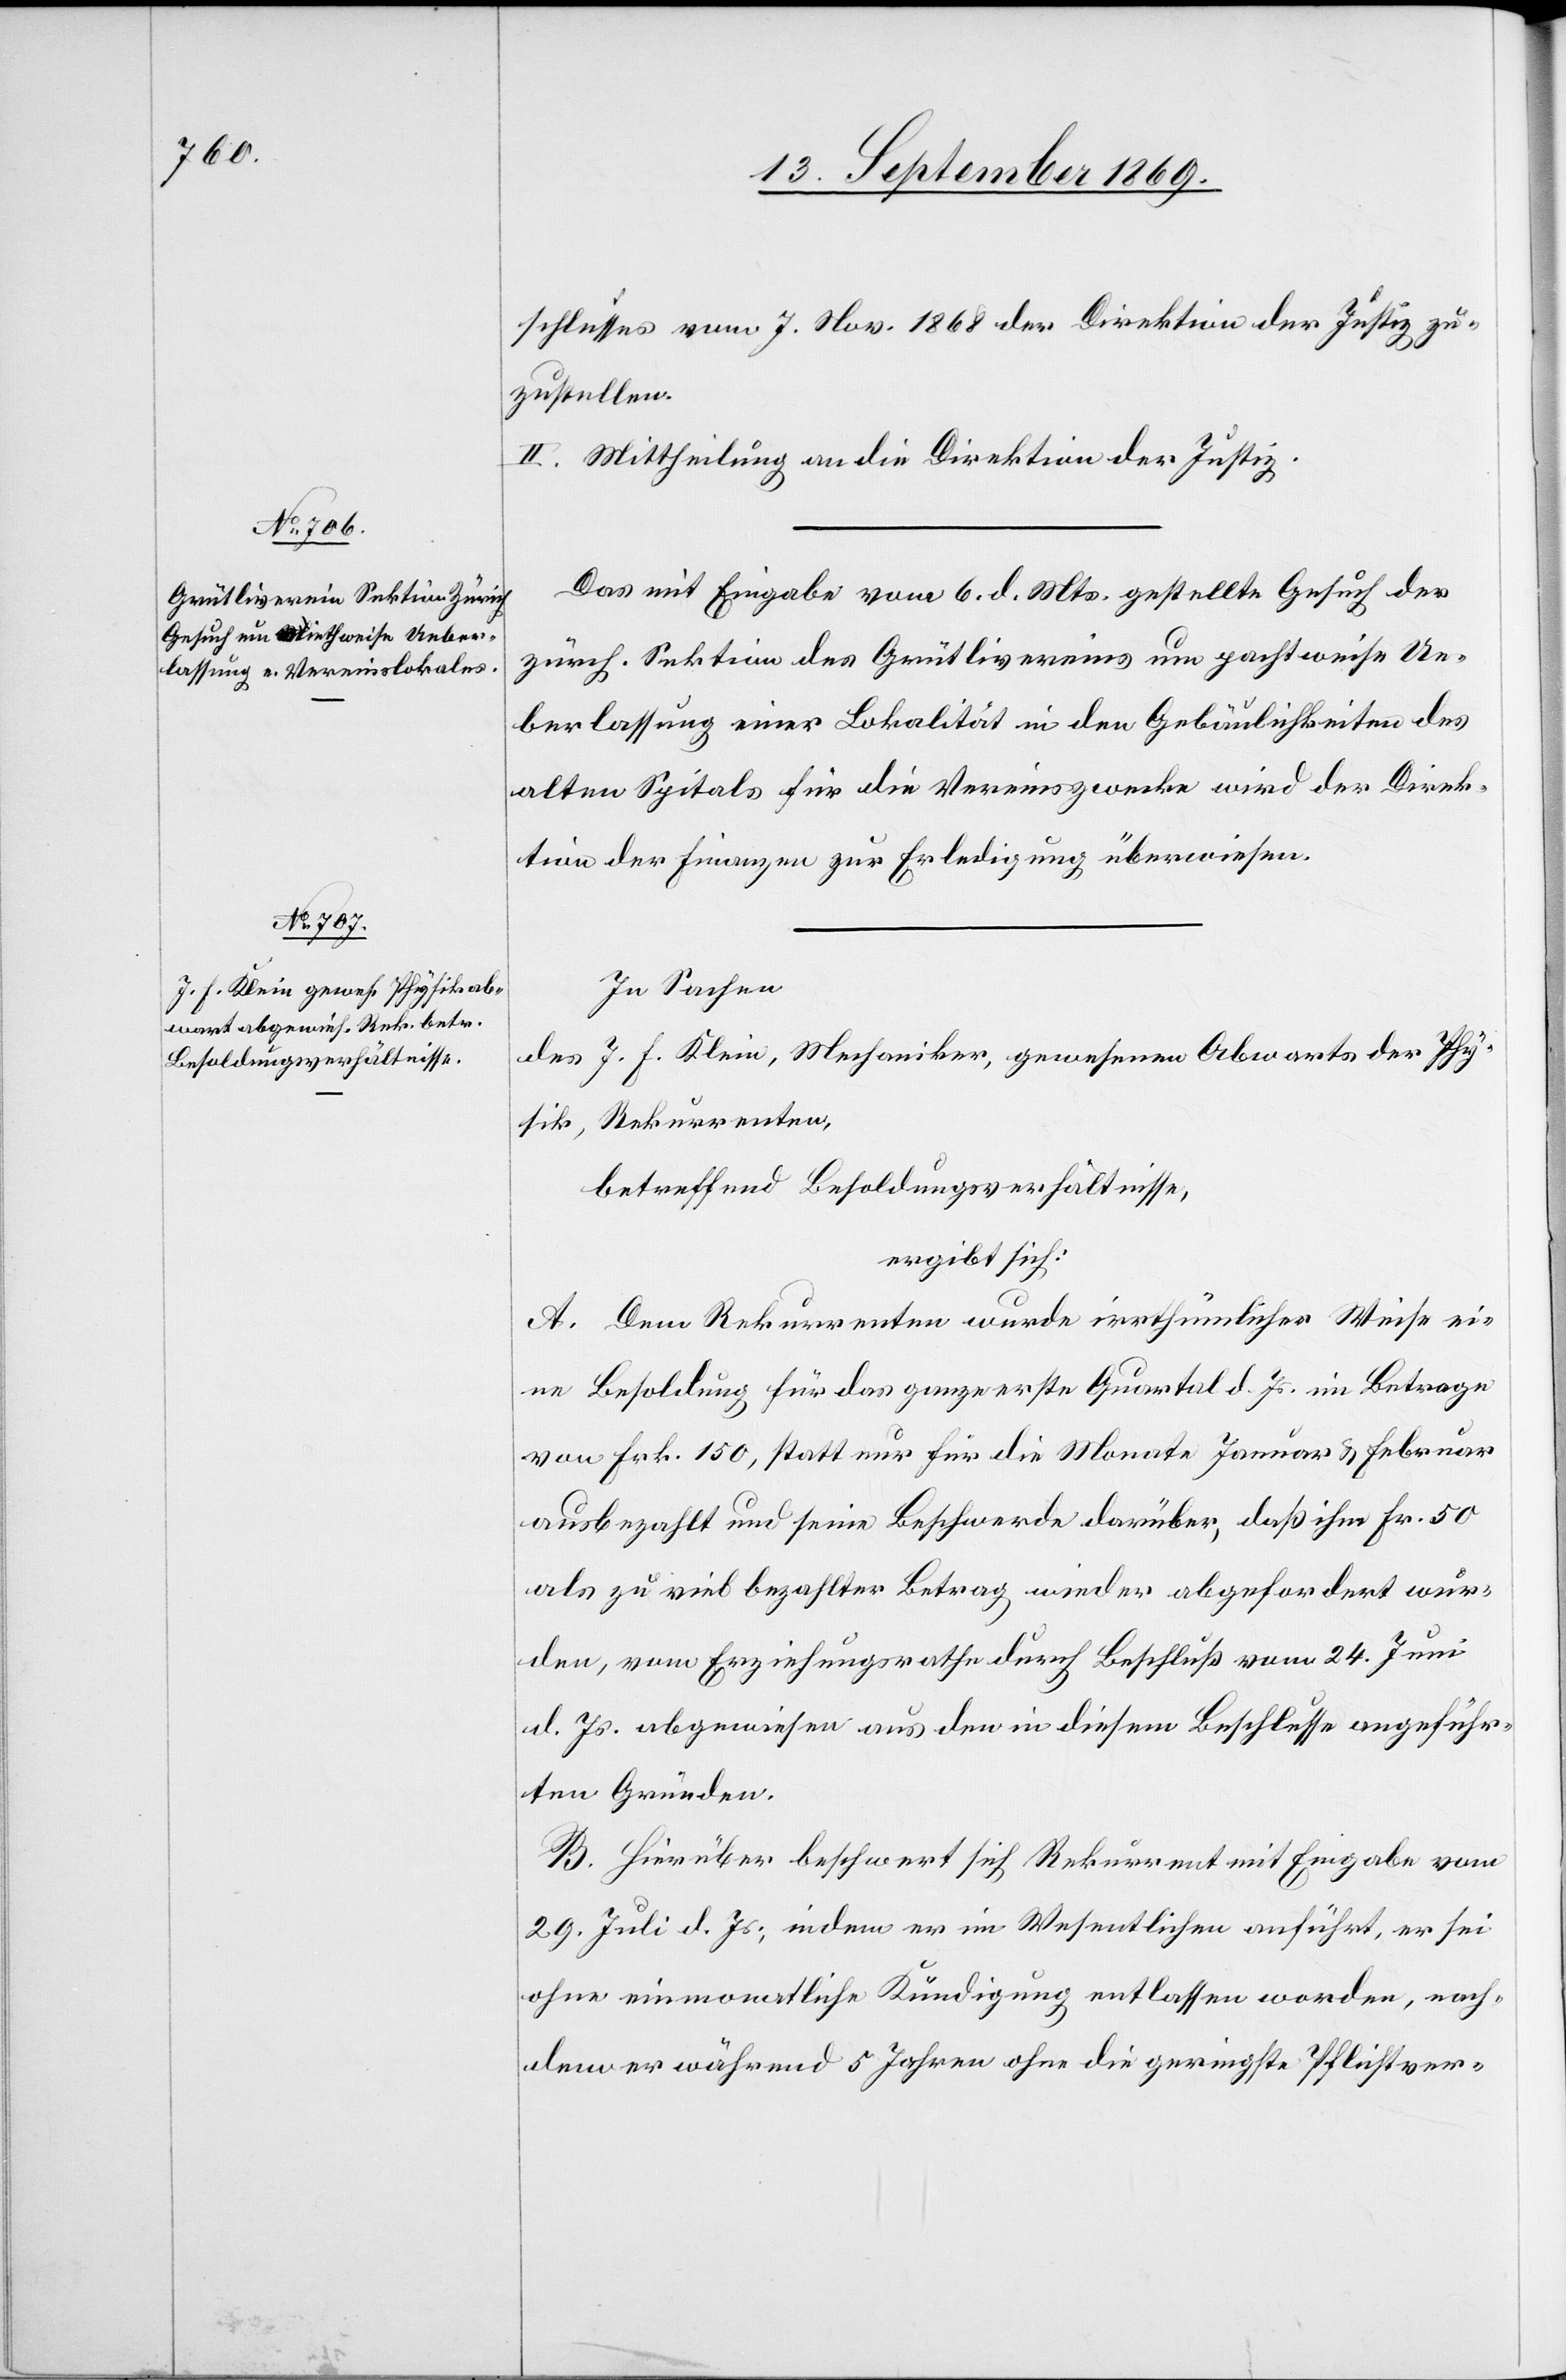
schlusses vom 7. Nov. 1868 der Direktion der Justiz zu¬
zustellen.
II. Mittheilung an die Direktion der Justiz.
Das mit Eingabe vom 6. d. Mts. gestellte Gesuch der
zürch. Sektion des Grütlivereins um pachtweise Ue¬
berlassung einer Lokalität in den Gebäulichkeiten des
alten Spitals für die Vereinszwecke wird der Direk¬
tion der Finanzen zur Erledigung überwiesen.
In Sachen
des J. F. Klein, Mechaniker, gewesenen Abwarts der Phy¬
sik, Rekurrenten,
betreffend Besoldungsverhältnisse,
ergibt sich:
A. Dem Rekurrenten wurde irrthümlicher Weise ei¬
ne Besoldung für das ganze erste Quartal d. Js. im Betrage
von Frk. 150, statt nur für die Monate Januar & Februar
ausbezahlt und seine Beschwerde darüber, daß ihm Fr. 50
als zu viel bezahlter Betrag wieder abgefordert wur¬
den, vom Erziehungsrathe durch Beschluß vom 24. Juni
d. Js. abgewiesen aus den in diesem Beschlusse angeführ¬
ten Gründen.
B. Hierüber beschwert sich Rekurrent mit Eingabe vom
29. Juli d. Js., indem er im Wesentlichen anführt, er sei
ohne einmonatliche Kündigung entlassen worden, nach¬
dem er während 5 Jahren ohne die geringste Pflichtver-